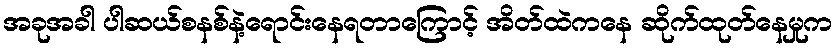
အခုအခါ ပါဆယ်စနစ်နဲ့ရောင်းနေရတာကြောင့် အိတ်ထဲကနေ ဆိုက်ထုတ်နေမှုက